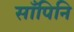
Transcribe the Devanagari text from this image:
साँपिनि